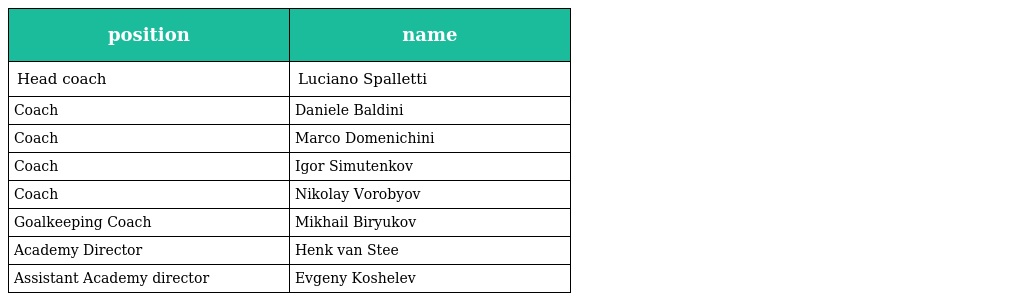
| position | name |
 | --- | --- |
 | Head coach | Luciano Spalletti |
 | Coach | Daniele Baldini |
 | Coach | Marco Domenichini |
 | Coach | Igor Simutenkov |
 | Coach | Nikolay Vorobyov |
 | Goalkeeping Coach | Mikhail Biryukov |
 | Academy Director | Henk van Stee |
 | Assistant Academy director | Evgeny Koshelev |